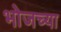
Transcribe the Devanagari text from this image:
भोजच्या